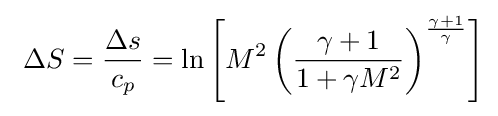
\ \Delta S={\frac {\Delta s}{c_{p}}}=\ln \left[M^{2}\left({\frac {\gamma +1}{1+\gamma M^{2}}}\right)^{\frac {\gamma +1}{\gamma }}\right]